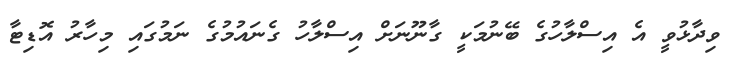
ވިދާޅުވީ އެ އިސްލާހުގެ ބޭނުމަކީ ގާނޫނަށް އިސްލާހު ގެނައުމުގެ ނަމުގައި މިހާރު އޮޑިޓާ